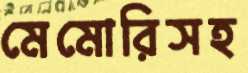
মেমোরিসহ